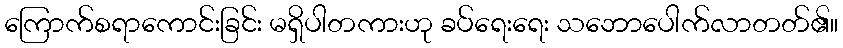
ကြောက်စရာကောင်းခြင်း မရှိပါတကားဟု ခပ်ရေးရေး သဘောပေါက်လာတတ်၏။